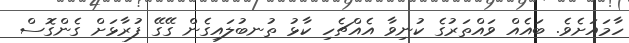
ހާމައަށެވެ. ބައެއް ވައްތަރުގެ ކުނިވާ އެއްޗެހި ކާޅު ތުނބުލައިގެން ގޭގޭ ފުރާޅަށް ގެންގޮސް